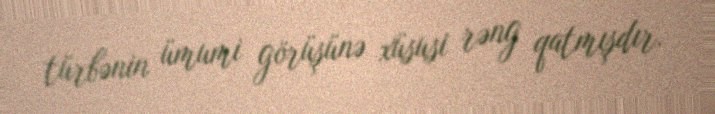
türbənin ümumi görüşünə xüsusi rəng qatmışdır.